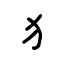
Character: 犭